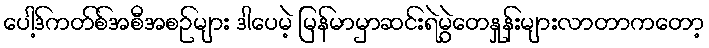
ပေါ့ဒ်ကတ်စ်အစီအစဉ်များ ဒါပေမဲ့ မြန်မာမှာဆင်းရဲမွဲတေနှုန်းများလာတာကတော့